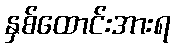
နှစ်ထောင်းအားရ